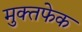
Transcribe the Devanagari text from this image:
मुक्तफेक